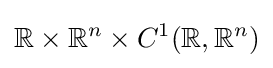
\mathbb {R} \times \mathbb {R} ^{n}\times C^{1}(\mathbb {R} ,\mathbb {R} ^{n})